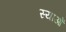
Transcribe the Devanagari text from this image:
स्याओं